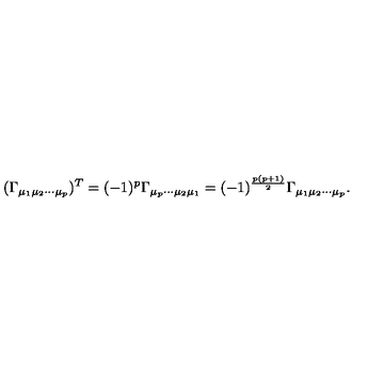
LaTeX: ( \Gamma _ { \mu _ { 1 } \mu _ { 2 } \cdots \mu _ { p } } ) ^ { T } = ( - 1 ) ^ { p } \Gamma _ { \mu _ { p } \cdots \mu _ { 2 } \mu _ { 1 } } = ( - 1 ) ^ { \frac { p ( p + 1 ) } { 2 } } \Gamma _ { \mu _ { 1 } \mu _ { 2 } \cdots \mu _ { p } } .